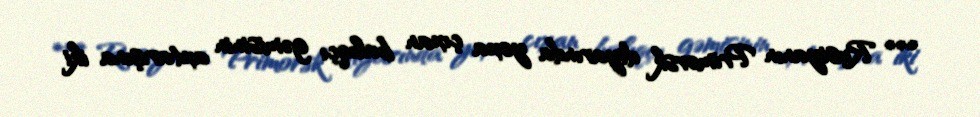
*** Rusiyanın Primorsk diyarında yoxa çıxan balıqçı gəmisinin axtarışına iki